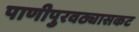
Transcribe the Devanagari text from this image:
पाणीपुरवठ्यासकट